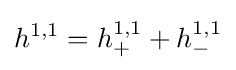
h^{1,1}=h_{+}^{1,1}+h_{-}^{1,1}